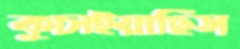
কুচাইয়াছিস